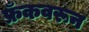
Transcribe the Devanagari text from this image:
फ्रँकवरून